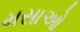
મસાઓ